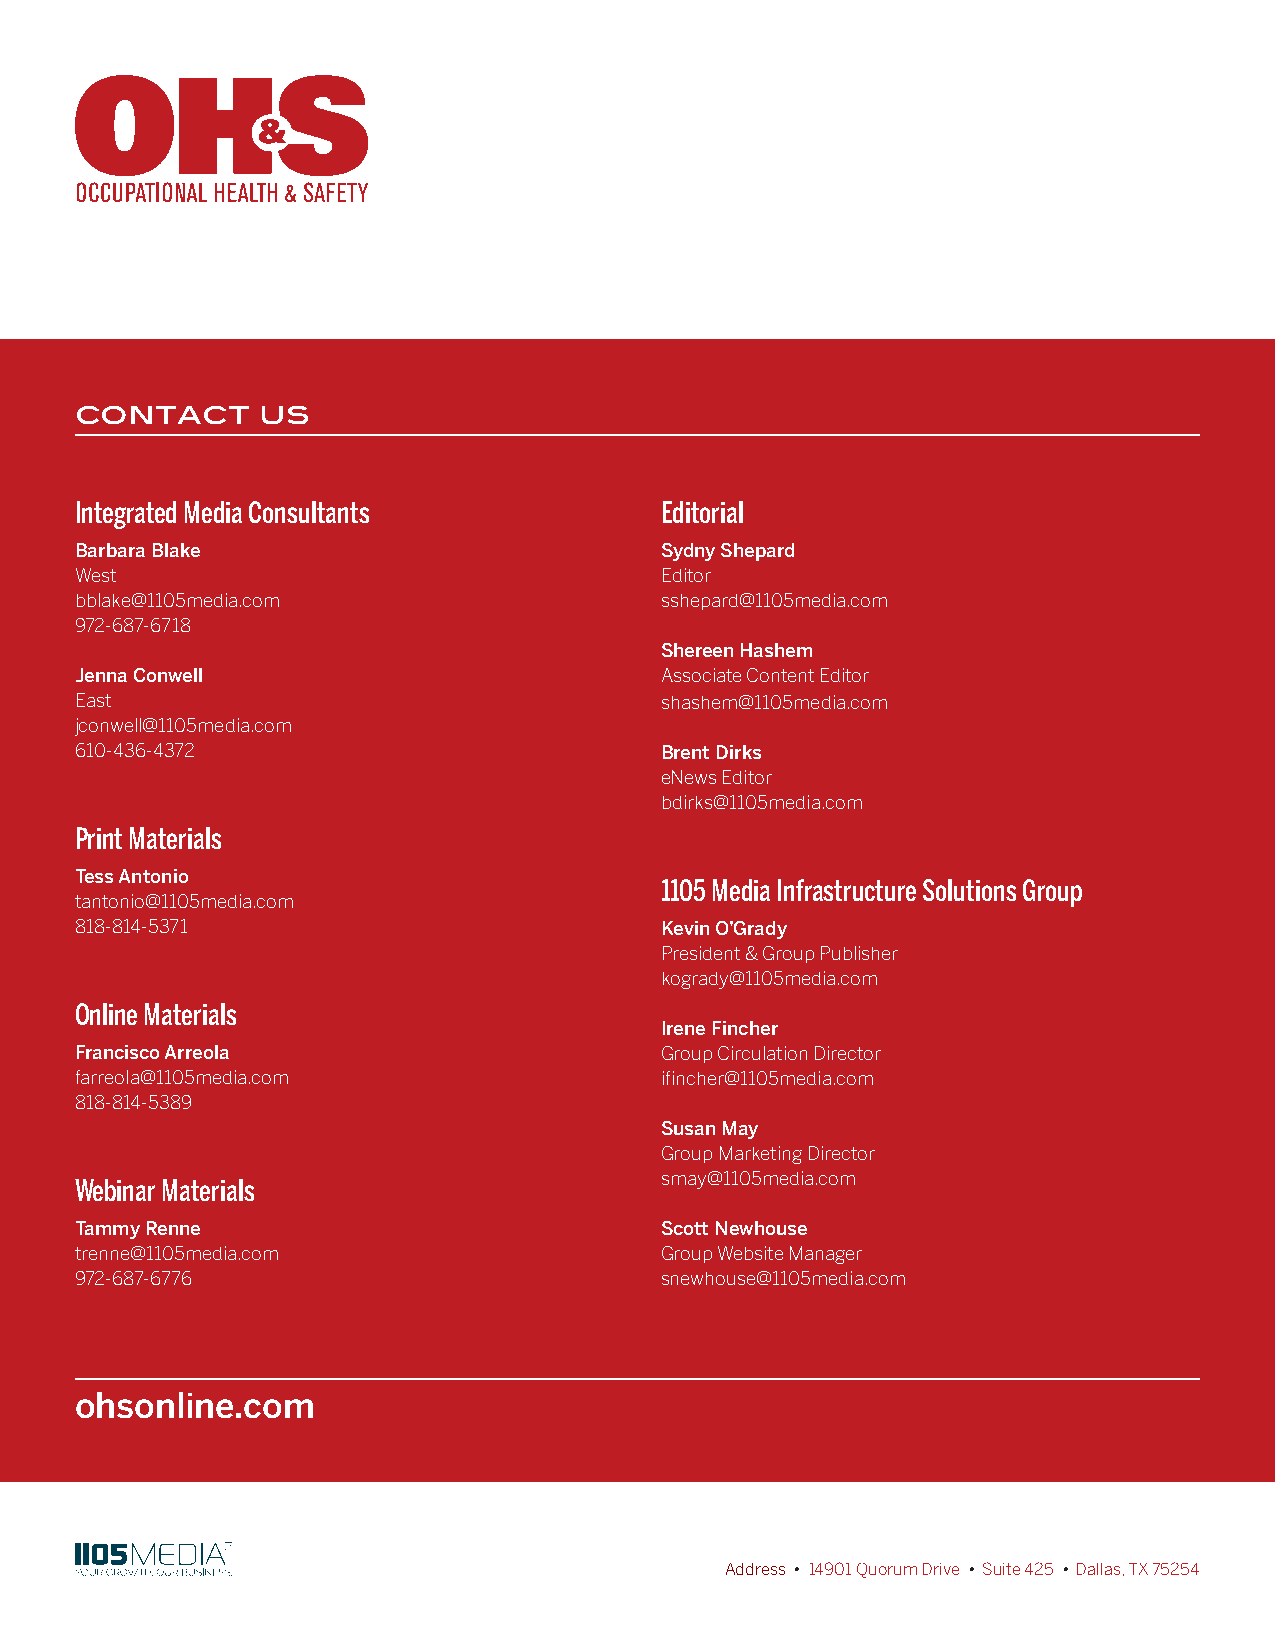
contact     us
 Integrated Media Consultants           Editorial
 Barbara Blake                          Sydny Shepard
 West                                   Editor
 bblake@1105media.com                   sshepard@1105media.com
 972-687-6718
 Shereen Hashem
 Jenna Conwell                          Associate Content Editor
 East                                   shashem@1105media.com
 jconwell@1105media.com
 610-436-4372                           Brent Dirks
 eNews Editor
 bdirks@1105media.com
 Print Materials
 Tess Antonio
 1105 Media Infrastructure Solutions Group
 tantonio@1105media.com
 818-814-5371                           Kevin O’Grady
 President & Group Publisher
 kogrady@1105media.com
 Online Materials
 Irene Fincher
 Francisco Arreola                      Group Circulation Director
 farreola@1105media.com                 ifincher@1105media.com
 818-814-5389
 Susan May
 Group Marketing Director
 smay@1105media.com
 Webinar Materials
 Tammy Renne                            Scott Newhouse
 trenne@1105media.com                   Group Website Manager
 972-687-6776                           snewhouse@1105media.com
 ohsonline.com
 Address • 14901 Quorum Drive • Suite 425 • Dallas, TX 75254